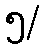
၅/